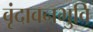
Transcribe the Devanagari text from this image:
वृंदावनभुवि